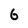
Character: 6